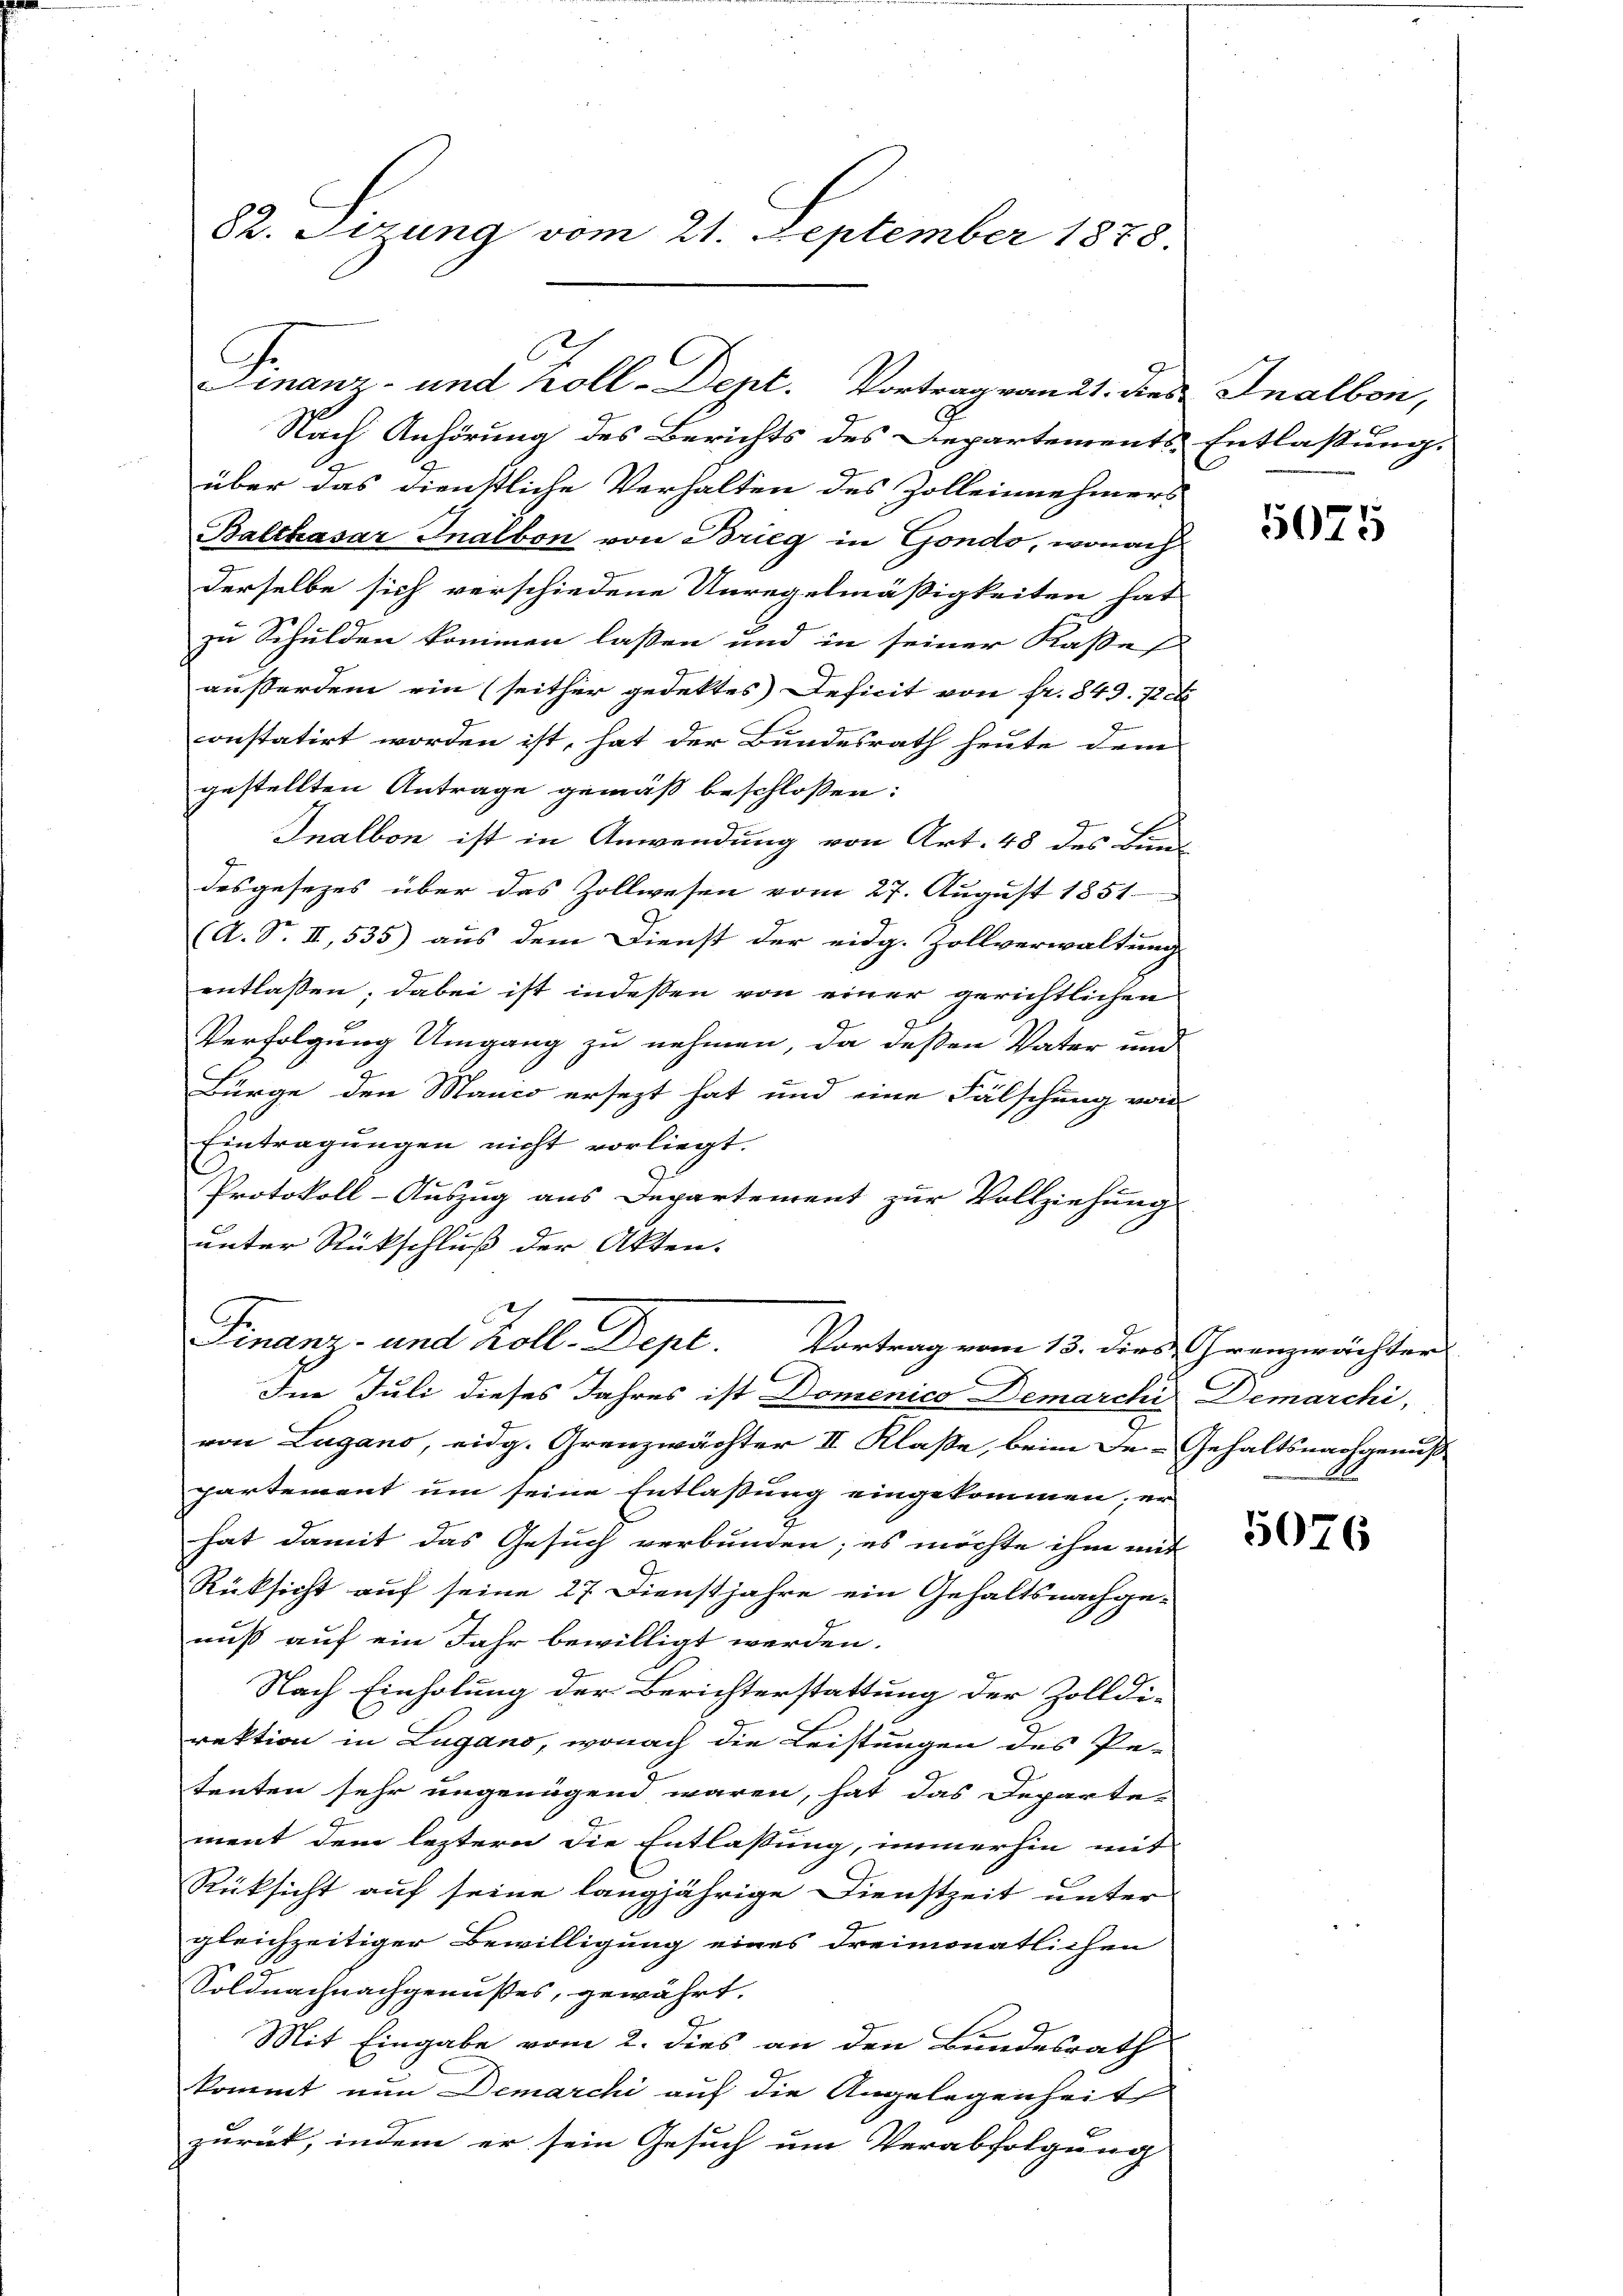
82. Sizung vom 21. September 1878.

C

Finanz- und Koll-Dept. Vortragrandt dies Inalben,

Nach Anhörung des Berichts des Departements-Entlassung.
über das dienstliche Verhalten des Zolleinehmers
Balthasar Inalbon von Brieg in Gondo, wonach
derselbe sich verschiedene Unregelmäßigkeiten hat
zu Schulden kommen laßen und in seiner Kasses
außerdem ein (seither gedektes Deficit von Fr. 849. 720
onstatirt worden ist, hat der Bundesrath heute dem
gestellten Antrage gemäß beschlossen:
Inalbon ist in Anwendung von Art. 48 des Bun
desgesezes über das Zollwesen vom 27. August 1851
(A. S. II, 535) aus dem Dienst der eidg. Zollverwaltung
entlassen; dabei ist indessen von einer gerichtlichen
Verfolgung Umgang zu nehmen, da deßen Vater und
Bürge den Manco ersezt hat und eine Fälschung von
Eintragungen nicht vorliegt.

Protokoll-Auszug aus Departement zur Vollziehung
unter Rückschluß der Akten.
Finanz- und Koll. Dept. Vortrag vom 13. dies Grenzrächter
Im Juli dieses Jahres ist Domenico Demarchi Demarchi,
von Lugano, eidg. Grenzwächter II Klaße, beim De-Gehaltsnachgenuß
partement um seine Entlaßung eingekommen; er
hat damit das Gesuch verbunden; es möchte ihm mit
Rüksicht auf seine 27. Dienstjahre ein Gehaltsnachgenuß auf ein Jahr bewilligt werden.
Nach Einholung der Berichterstattung der Zolldi-
rektion in Lugano, wonach die Leistungen des Pe-
tenten sehr ungenügend wären, hat das Departe-
ment dem leztern die Entlassung, immerhin mit
Rüksicht auf seine langjährige Dienstzeit unter
gleichzeitiger Bewilligung eines dreimonatlichen
Soldnachnachgenußes, gewährt.
e
Mit Eingabe vom 2. dies an den Bundesrath
kommt nun Demarchi auf die Angelegenheit
zurück, indem er sein Gesuch um Verabfolgung

5075

5076